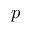
p